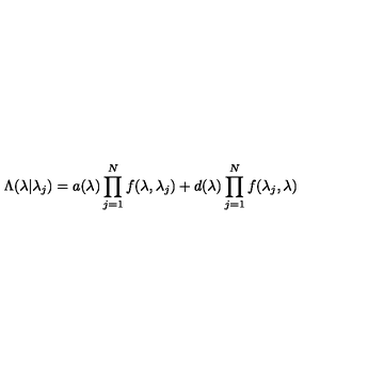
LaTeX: \Lambda ( \lambda | { \lambda _ { j } } ) = a ( \lambda ) \prod _ { j = 1 } ^ { N } f ( \lambda , \lambda _ { j } ) + d ( \lambda ) \prod _ { j = 1 } ^ { N } f ( \lambda _ { j } , \lambda )